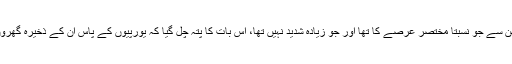
اور ایک طرح سے، ایک ایسے مشن سے جو نسبتاً مختصر عرصے کا تھا اور جو زیادہ شدید نہیں تھا، اس بات کا پتہ چل گیا کہ یورپیوں کے پاس ان کے ذخیرہ گھروں میں زیادہ ساز و سامان نہیں ہے۔